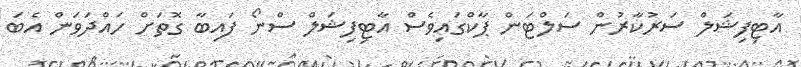
އާޓިފިޝަލް ސަރުކާރުން ސަލްޓަން ޕާކްގައިވެސް އާޓިފިޝަލް ސްނޯ ފައިބާ ގޮތަށް ހައްދަވަން އެބަ